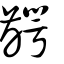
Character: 齶